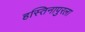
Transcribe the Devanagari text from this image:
हस्तिनापुरला